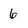
Character: 6